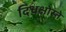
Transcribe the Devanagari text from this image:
दिधक्षोस्ते